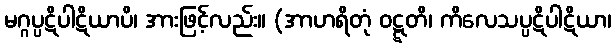
မဂ္ဂပ္ပဋိပါဋိယာပိ၊ အားဖြင့်လည်း။ (အာဟရိတုံ ဝဋ္ဋတိ၊ ကိလေသပ္ပဋိပါဋိယာ၊